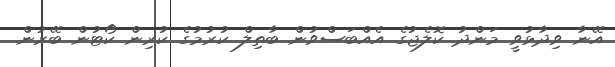
އޭނާ ވިދާޅުވީ މަންދު ކޮލެޖުގެ އެއްބަސްވުން ބާތިލް ކުރުމުގެ ކުރިން ކޯޓުން ބޭރުން